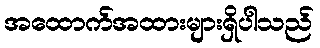
အထောက်အထားများရှိပါသည်